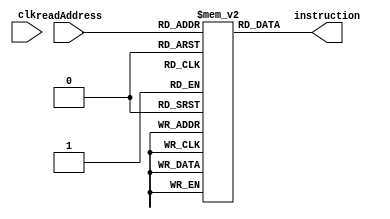
`timescale 1ns/1ns

module IM(input [7:0] readAddress, input clk,output reg[15:0] instruction);

reg [15:0] IR [255:0];

integer i = 0;
initial begin
for (i = 0; i<256; i=i+1) begin
    IR[i] = 0;    
end
end

initial begin
//testing instructions
IR[0]=16'b1011000110000000;     // reg1 <- 128
IR[1]=16'b0000000110011001;     // reg3 <- reg1
IR[2]=16'b0000001101001001;     // reg1 <- Rotate_Left(reg1, 1) :result must be 1
IR[3]=16'b0000010000001001;     // reg1 <- reg1 - 1
IR[4]=16'b0000001111001001;     // reg1 <- reg1 + 1





end

always @(readAddress) instruction = IR[readAddress];

endmodule